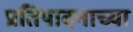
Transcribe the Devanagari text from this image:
प्रतिपादनाच्या